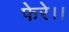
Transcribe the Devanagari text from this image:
फेरे।।